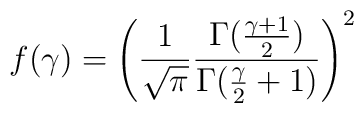
f(\gamma )=\left(\frac{1}{\sqrt{\pi}}\frac{\Gamma (\frac{\gamma +1}{2})}{\Gamma (\frac{\gamma}{2}+1)}\right)^2